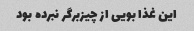
این غذا بویی از چیزبرگر نبرده بود